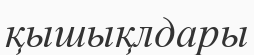
қышықлдары